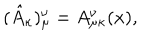
LaTeX: ( \hat { A } _ { \kappa } ) _ { \mu } ^ { \nu } = A _ { \mu \kappa } ^ { \nu } ( x ) ,